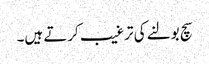
سچ بولنے کی ترغیب کرتے ہیں۔